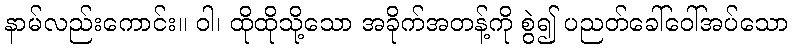
နာမ်လည်းကောင်း။ ဝါ၊ ထိုထိုသို့သော အခိုက်အတန့်ကို စွဲ၍ ပညတ်ခေါ်ဝေါ်အပ်သော